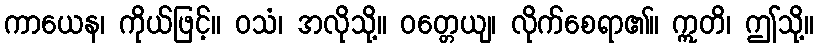
ကာယေန၊ ကိုယ်ဖြင့်။ ဝသံ၊ အလိုသို့။ ဝတ္တေယျ၊ လိုက်စေရာ၏။ ဣတိ၊ ဤသို့။